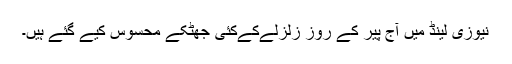
نیوزی لینڈ میں آج پیر کے روز زلزلےکےکئی جھٹکے محسوس کیے گئے ہیں۔